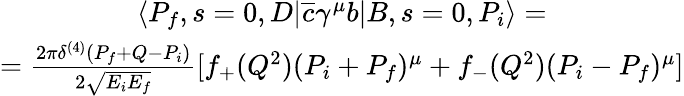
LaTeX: \begin{array}{c}{{\langle P_{f},s=0,D|\overline{{{c}}}\gamma^{\mu}b|B,s=0,P_{i}\rangle=}}\\ {{=\frac{2\pi\delta^{(4)}(P_{f}+Q-P_{i})}{2\sqrt{E_{i}E_{f}}}[f_{+}(Q^{2})(P_{i}+P_{f})^{\mu}+f_{-}(Q^{2})(P_{i}-P_{f})^{\mu}]}}\end{array}